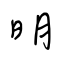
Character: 明